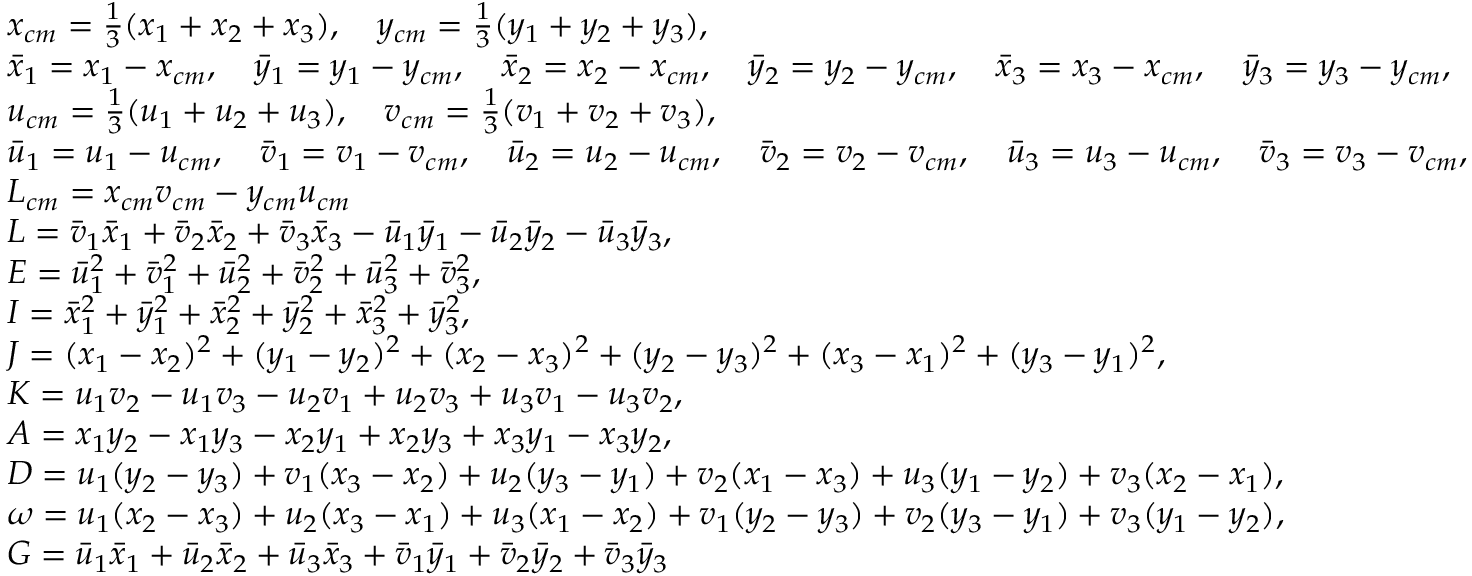
\begin{array} { r l } & { x _ { c m } = \frac { 1 } { 3 } ( x _ { 1 } + x _ { 2 } + x _ { 3 } ) , \quad y _ { c m } = \frac { 1 } { 3 } ( y _ { 1 } + y _ { 2 } + y _ { 3 } ) , } \\ & { \Bar { x } _ { 1 } = x _ { 1 } - x _ { c m } , \quad \Bar { y } _ { 1 } = y _ { 1 } - y _ { c m } , \quad \Bar { x } _ { 2 } = x _ { 2 } - x _ { c m } , \quad \Bar { y } _ { 2 } = y _ { 2 } - y _ { c m } , \quad \Bar { x } _ { 3 } = x _ { 3 } - x _ { c m } , \quad \Bar { y } _ { 3 } = y _ { 3 } - y _ { c m } , } \\ & { u _ { c m } = \frac { 1 } { 3 } ( u _ { 1 } + u _ { 2 } + u _ { 3 } ) , \quad v _ { c m } = \frac { 1 } { 3 } ( v _ { 1 } + v _ { 2 } + v _ { 3 } ) , } \\ & { \Bar { u } _ { 1 } = u _ { 1 } - u _ { c m } , \quad \Bar { v } _ { 1 } = v _ { 1 } - v _ { c m } , \quad \Bar { u } _ { 2 } = u _ { 2 } - u _ { c m } , \quad \Bar { v } _ { 2 } = v _ { 2 } - v _ { c m } , \quad \Bar { u } _ { 3 } = u _ { 3 } - u _ { c m } , \quad \Bar { v } _ { 3 } = v _ { 3 } - v _ { c m } , } \\ & { L _ { c m } = x _ { c m } v _ { c m } - y _ { c m } u _ { c m } } \\ & { L = \Bar { v } _ { 1 } \Bar { x } _ { 1 } + \Bar { v } _ { 2 } \Bar { x } _ { 2 } + \Bar { v } _ { 3 } \Bar { x } _ { 3 } - \Bar { u } _ { 1 } \Bar { y } _ { 1 } - \Bar { u } _ { 2 } \Bar { y } _ { 2 } - \Bar { u } _ { 3 } \Bar { y } _ { 3 } , } \\ & { E = \Bar { u } _ { 1 } ^ { 2 } + \Bar { v } _ { 1 } ^ { 2 } + \Bar { u } _ { 2 } ^ { 2 } + \Bar { v } _ { 2 } ^ { 2 } + \Bar { u } _ { 3 } ^ { 2 } + \Bar { v } _ { 3 } ^ { 2 } , } \\ & { I = \Bar { x } _ { 1 } ^ { 2 } + \Bar { y } _ { 1 } ^ { 2 } + \Bar { x } _ { 2 } ^ { 2 } + \Bar { y } _ { 2 } ^ { 2 } + \Bar { x } _ { 3 } ^ { 2 } + \Bar { y } _ { 3 } ^ { 2 } , } \\ & { J = ( x _ { 1 } - x _ { 2 } ) ^ { 2 } + ( y _ { 1 } - y _ { 2 } ) ^ { 2 } + ( x _ { 2 } - x _ { 3 } ) ^ { 2 } + ( y _ { 2 } - y _ { 3 } ) ^ { 2 } + ( x _ { 3 } - x _ { 1 } ) ^ { 2 } + ( y _ { 3 } - y _ { 1 } ) ^ { 2 } , } \\ & { K = u _ { 1 } v _ { 2 } - u _ { 1 } v _ { 3 } - u _ { 2 } v _ { 1 } + u _ { 2 } v _ { 3 } + u _ { 3 } v _ { 1 } - u _ { 3 } v _ { 2 } , } \\ & { A = x _ { 1 } y _ { 2 } - x _ { 1 } y _ { 3 } - x _ { 2 } y _ { 1 } + x _ { 2 } y _ { 3 } + x _ { 3 } y _ { 1 } - x _ { 3 } y _ { 2 } , } \\ & { D = u _ { 1 } ( y _ { 2 } - y _ { 3 } ) + v _ { 1 } ( x _ { 3 } - x _ { 2 } ) + u _ { 2 } ( y _ { 3 } - y _ { 1 } ) + v _ { 2 } ( x _ { 1 } - x _ { 3 } ) + u _ { 3 } ( y _ { 1 } - y _ { 2 } ) + v _ { 3 } ( x _ { 2 } - x _ { 1 } ) , } \\ & { \omega = u _ { 1 } ( x _ { 2 } - x _ { 3 } ) + u _ { 2 } ( x _ { 3 } - x _ { 1 } ) + u _ { 3 } ( x _ { 1 } - x _ { 2 } ) + v _ { 1 } ( y _ { 2 } - y _ { 3 } ) + v _ { 2 } ( y _ { 3 } - y _ { 1 } ) + v _ { 3 } ( y _ { 1 } - y _ { 2 } ) , } \\ & { G = \Bar { u } _ { 1 } \Bar { x } _ { 1 } + \Bar { u } _ { 2 } \Bar { x } _ { 2 } + \Bar { u } _ { 3 } \Bar { x } _ { 3 } + \Bar { v } _ { 1 } \Bar { y } _ { 1 } + \Bar { v } _ { 2 } \Bar { y } _ { 2 } + \Bar { v } _ { 3 } \Bar { y } _ { 3 } } \end{array}